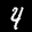
Label: 4